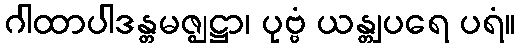
ဂါထာပါဒန္တမဇ္ဈဋ္ဌာ၊ ပုဗ္ဗံ ယန္တျပရေ ပရံ။